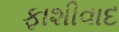
ફાશીવાદ